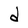
Character: d